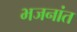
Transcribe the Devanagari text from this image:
भजनांत